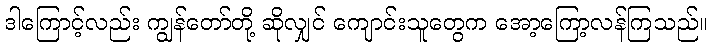
ဒါကြောင့်လည်း ကျွန်တော်တို့ ဆိုလျှင် ကျောင်းသူတွေက အော့ကြော့လန်ကြသည်။